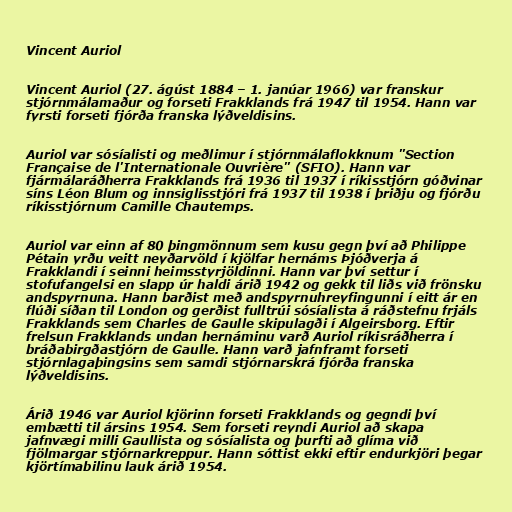
Vincent Auriol

Vincent Auriol (27. ágúst 1884 – 1. janúar 1966) var franskur
stjórnmálamaður og forseti Frakklands frá 1947 til 1954. Hann var
fyrsti forseti fjórða franska lýðveldisins.

Auriol var sósíalisti og meðlimur í stjórnmálaflokknum "Section
Française de l'Internationale Ouvrière" (SFIO). Hann var
fjármálaráðherra Frakklands frá 1936 til 1937 í ríkisstjórn góðvinar
síns Léon Blum og innsiglisstjóri frá 1937 til 1938 í þriðju og fjórðu
ríkisstjórnum Camille Chautemps.

Auriol var einn af 80 þingmönnum sem kusu gegn því að Philippe
Pétain yrðu veitt neyðarvöld í kjölfar hernáms Þjóðverja á
Frakklandi í seinni heimsstyrjöldinni. Hann var því settur í
stofufangelsi en slapp úr haldi árið 1942 og gekk til liðs við frönsku
andspyrnuna. Hann barðist með andspyrnuhreyfingunni í eitt ár en
flúði síðan til London og gerðist fulltrúi sósíalista á ráðstefnu frjáls
Frakklands sem Charles de Gaulle skipulagði í Algeirsborg. Eftir
frelsun Frakklands undan hernáminu varð Auriol ríkisráðherra í
bráðabirgðastjórn de Gaulle. Hann varð jafnframt forseti
stjórnlagaþingsins sem samdi stjórnarskrá fjórða franska
lýðveldisins.

Árið 1946 var Auriol kjörinn forseti Frakklands og gegndi því
embætti til ársins 1954. Sem forseti reyndi Auriol að skapa
jafnvægi milli Gaullista og sósíalista og þurfti að glíma við
fjölmargar stjórnarkreppur. Hann sóttist ekki eftir endurkjöri þegar
kjörtímabilinu lauk árið 1954.